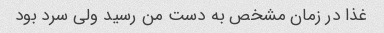
غذا در زمان مشخص به دست من رسید ولی سرد بود